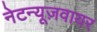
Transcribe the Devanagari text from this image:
नेटन्यूज़वायर